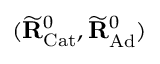
( \widetilde { \mathbf { R } } _ { \mathrm { C a t } } ^ { 0 } , \widetilde { \mathbf { R } } _ { \mathrm { A d } } ^ { 0 } )